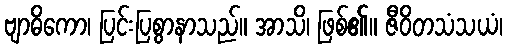
ဗျာဓိကော၊ ပြင်းပြစွာနာသည်။ အာသိ၊ ဖြစ်၏။ ဇီဝိတသံသယံ၊